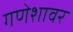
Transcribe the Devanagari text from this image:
गणेशावर